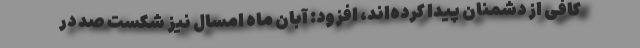
کافی از دشمنان پیدا کرده‌اند، افزود: آبان ماه امسال نیز شکست صد در